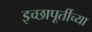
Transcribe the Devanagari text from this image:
इच्छापूर्तीच्या